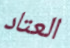
العتاد